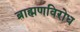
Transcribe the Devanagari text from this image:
ब्राह्मणविरोध